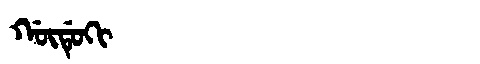
Manchu: ᡤᡡᡩᡠᡴᡳ
Romanization: GŪDUKI